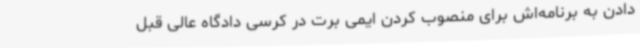
دادن به برنامه‌اش برای منصوب کردن ایمی برت در کرسی دادگاه عالی قبل